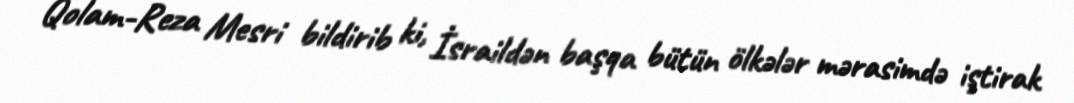
Qolam-Reza Mesri bildirib ki, İsraildən başqa bütün ölkələr mərasimdə iştirak